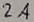
Text: 2A